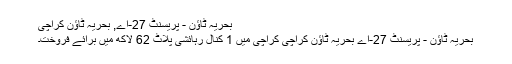
بحریہ ٹاؤن - پریسنٹ 27-اے, بحریہ ٹاؤن کراچی
بحریہ ٹاؤن - پریسنٹ 27-اے بحریہ ٹاؤن کراچی کراچی میں 1 کنال رہائشی پلاٹ 62 لاکھ میں برائے فروخت۔